Karksi_vallavalitsus, lk 147
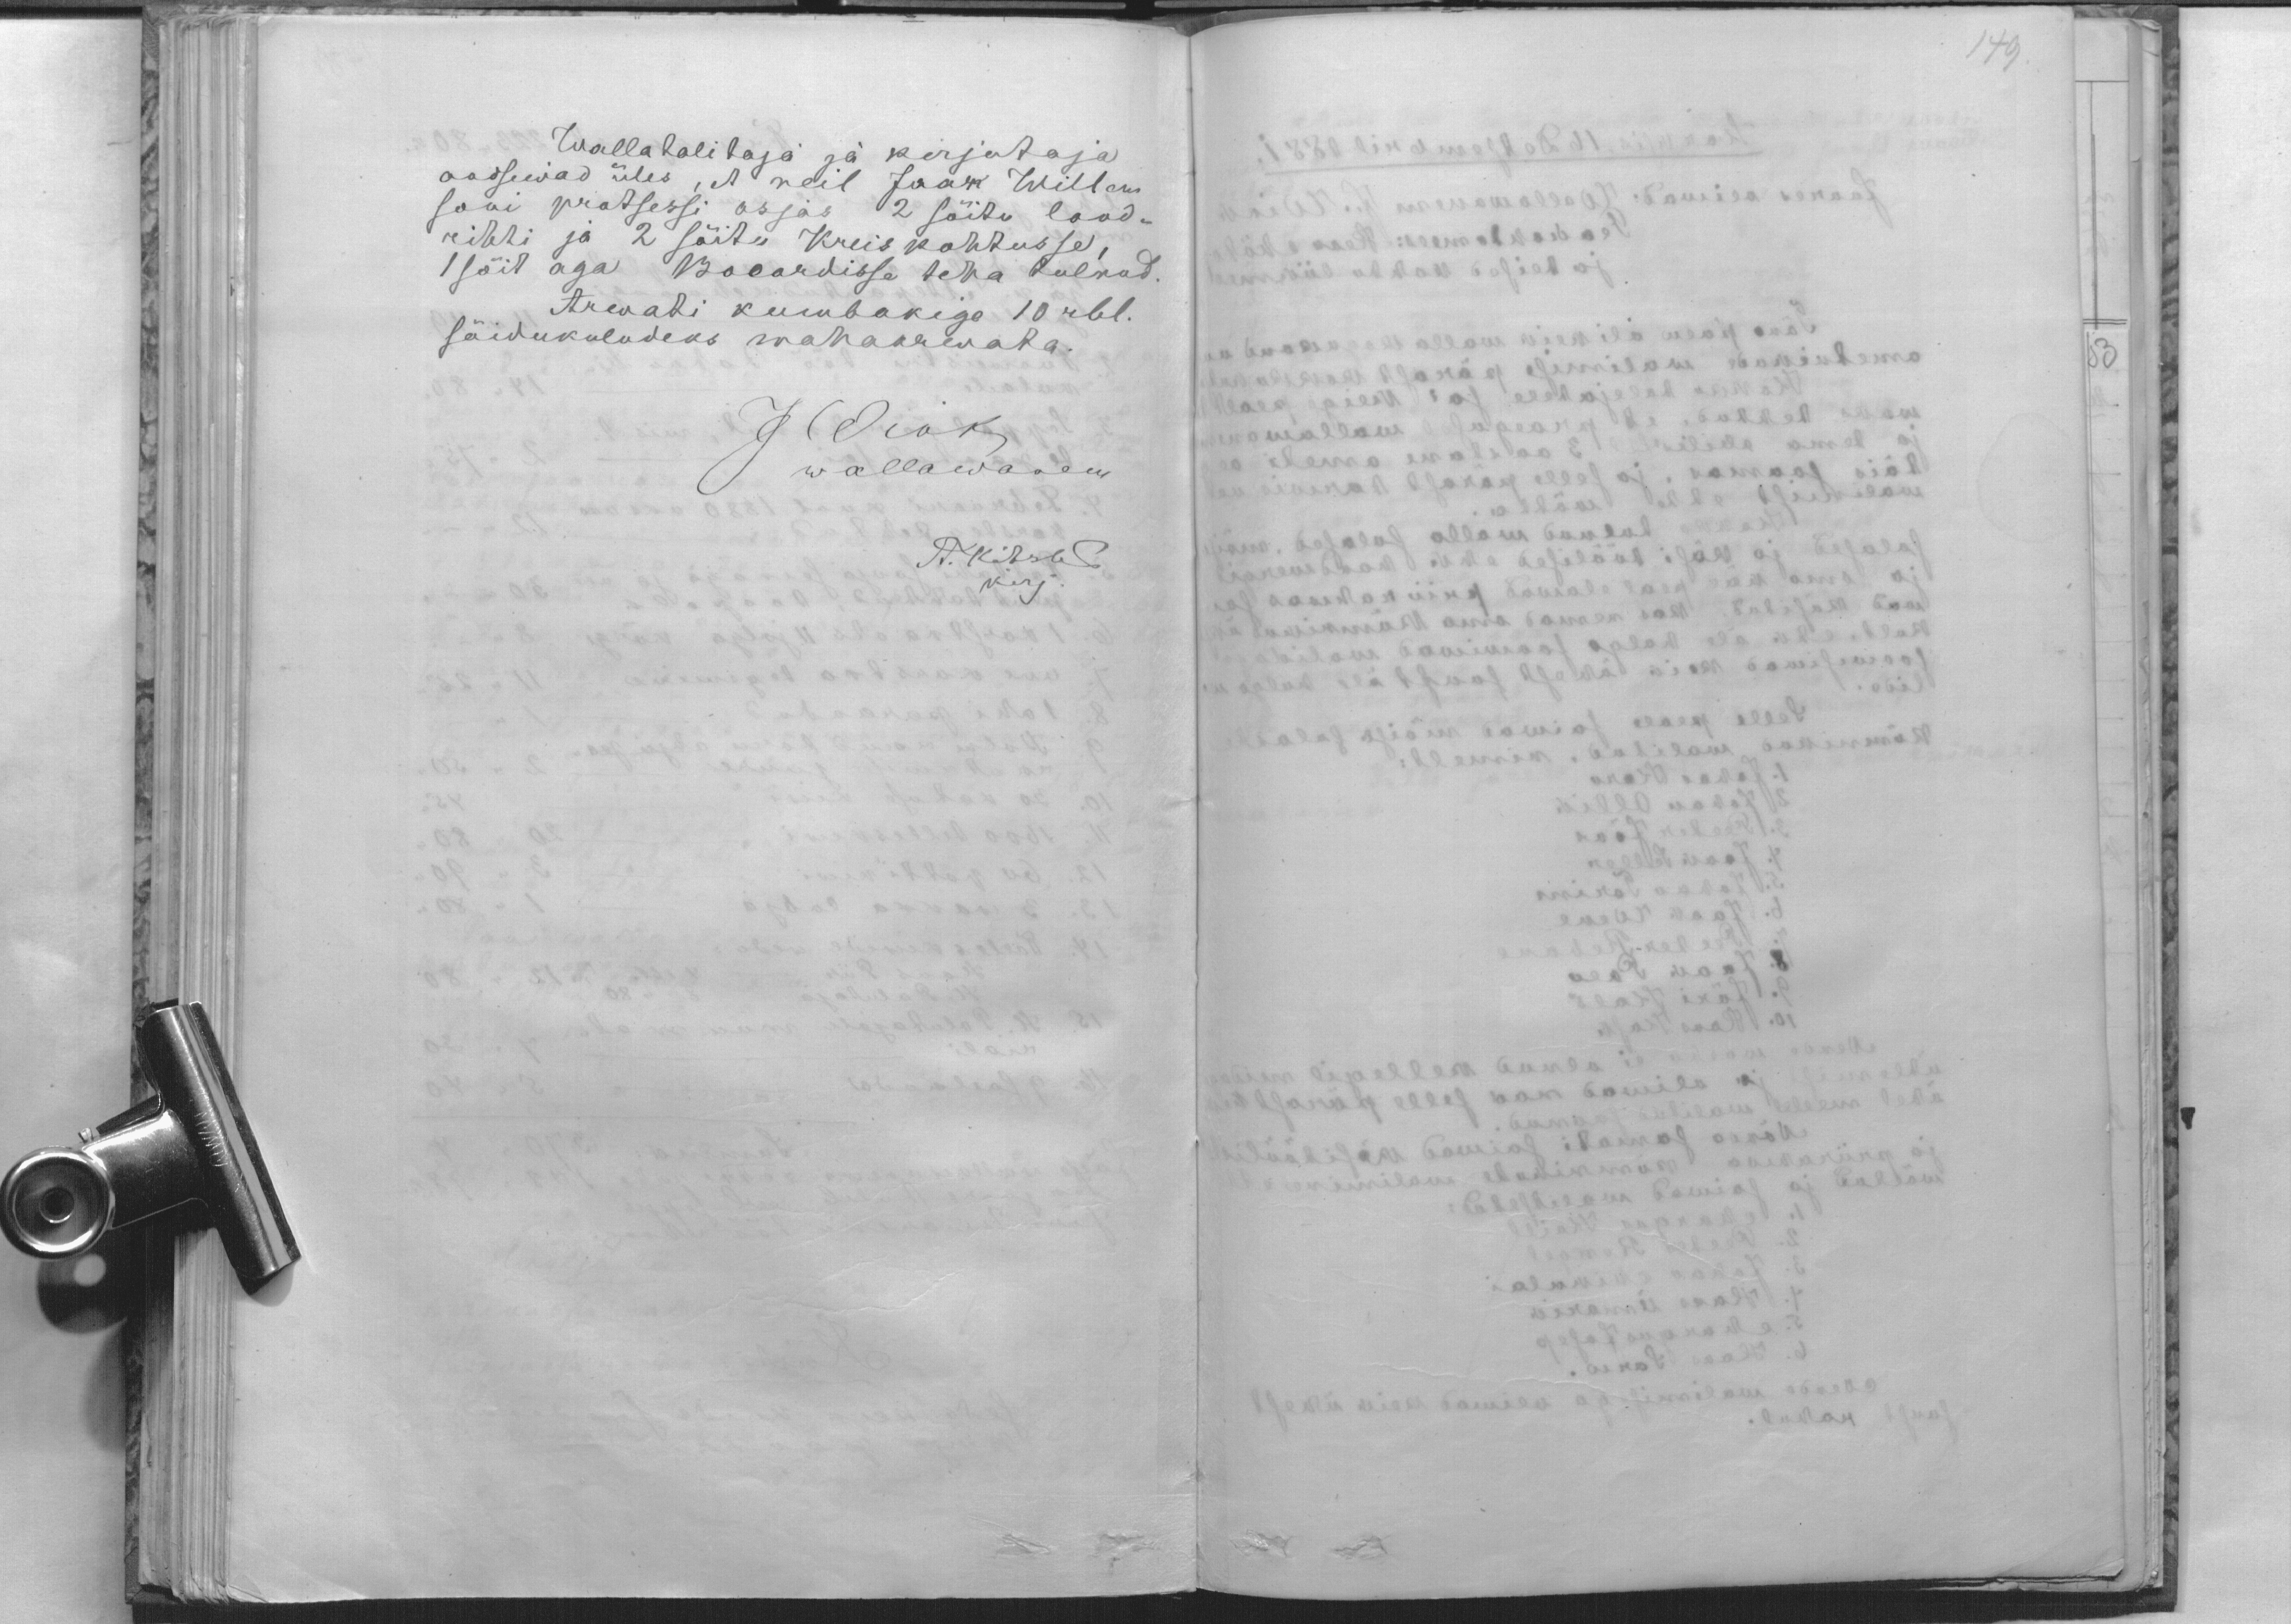
Wallatalitaja ja kirjutaja
andsewad üles, et neil Jaak Willem
soni protsessi asjas 2 sõitu lood-
rikki ja 2 sõitu Kreiskohtusse.
1 sõit aga Bocardisse teha tulnud.
Arwati kumbakiga 10 rbl.
sõidukuludeks mahaaewata.
J Diok
wallawanem
A. Kitsse
kirj.